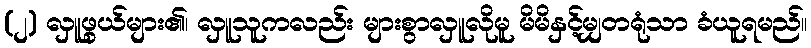
(၂) လှူဖွယ်များ၏၊ လှူသူကလည်း များစွာလှူလိုမူ မိမိနှင့်မျှတရုံသာ ခံယူရမည်။